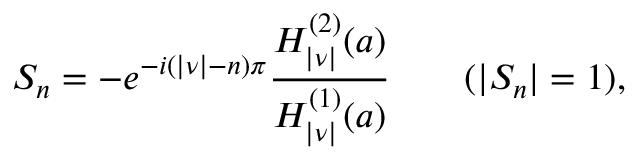
S _ { n } = - e ^ { - i ( | \nu | - n ) \pi } { \frac { H _ { | \nu | } ^ { ( 2 ) } ( a ) } { H _ { | \nu | } ^ { ( 1 ) } ( a ) } } \qquad ( | S _ { n } | = 1 ) ,